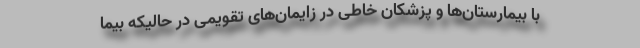
با بیمارستان‌ها و پزشکان خاطی در زایمان‌های تقویمی در حالیکه بیما